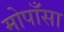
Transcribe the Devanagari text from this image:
मोपाँसा